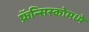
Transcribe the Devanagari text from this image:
फ्रॅन्सिस्कोमध्ये